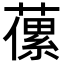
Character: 𦽝